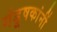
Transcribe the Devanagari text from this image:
गंडूषकांनीं